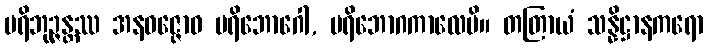
ပရိဘုဉ္ဇန္တဿ အနဝဇ္ဇောဝ ပရိဘောဂေါ, ပရိဘောဂကာလေပိ။ တတြာယံ သန္နိဋ္ဌာနကရော